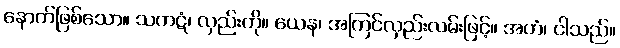
နောက်ဖြစ်သော။ သကဋံ၊ လှည်းကို။ ယေန၊ အကြင်လှည်းလမ်းဖြင့်။ အဟံ၊ ငါသည်။